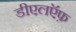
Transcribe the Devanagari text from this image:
डीएलऍफ़